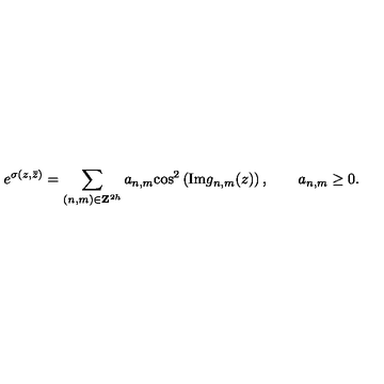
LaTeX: e ^ { \sigma ( z , \bar { z } ) } = \sum _ { ( { n , m } ) \in { \bf Z } ^ { 2 h } } a _ { n , m } \mathrm { c o s } ^ { 2 } \left( \mathrm { I m } g _ { n , m } ( z ) \right) , \qquad a _ { n , m } \ge 0 .